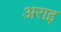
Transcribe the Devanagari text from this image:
अराइ